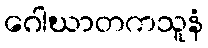
ဂေါဃာတကသူနံ